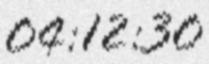
04:12:30